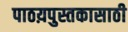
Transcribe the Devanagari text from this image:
पाठय़पुस्तकासाठी